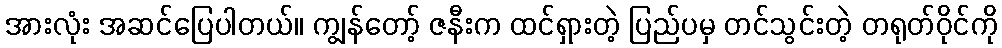
အားလုံး အဆင်ပြေပါတယ်။ ကျွန်တော့် ဇနီးက ထင်ရှားတဲ့ ပြည်ပမှ တင်သွင်းတဲ့ တရုတ်ဝိုင်ကို